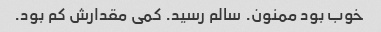
خوب بود ممنون. سالم رسید. کمی مقدارش کم بود.